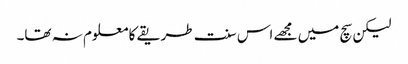
لیکن سچ میں مجھے اس سنت طریقے کا معلوم نہ تھا۔